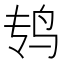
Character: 𱉏